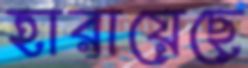
হারায়েছে